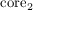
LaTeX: \mathrm { c o r e } _ { 2 }